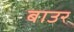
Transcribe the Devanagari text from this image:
बाउर